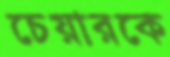
চেয়ারকে